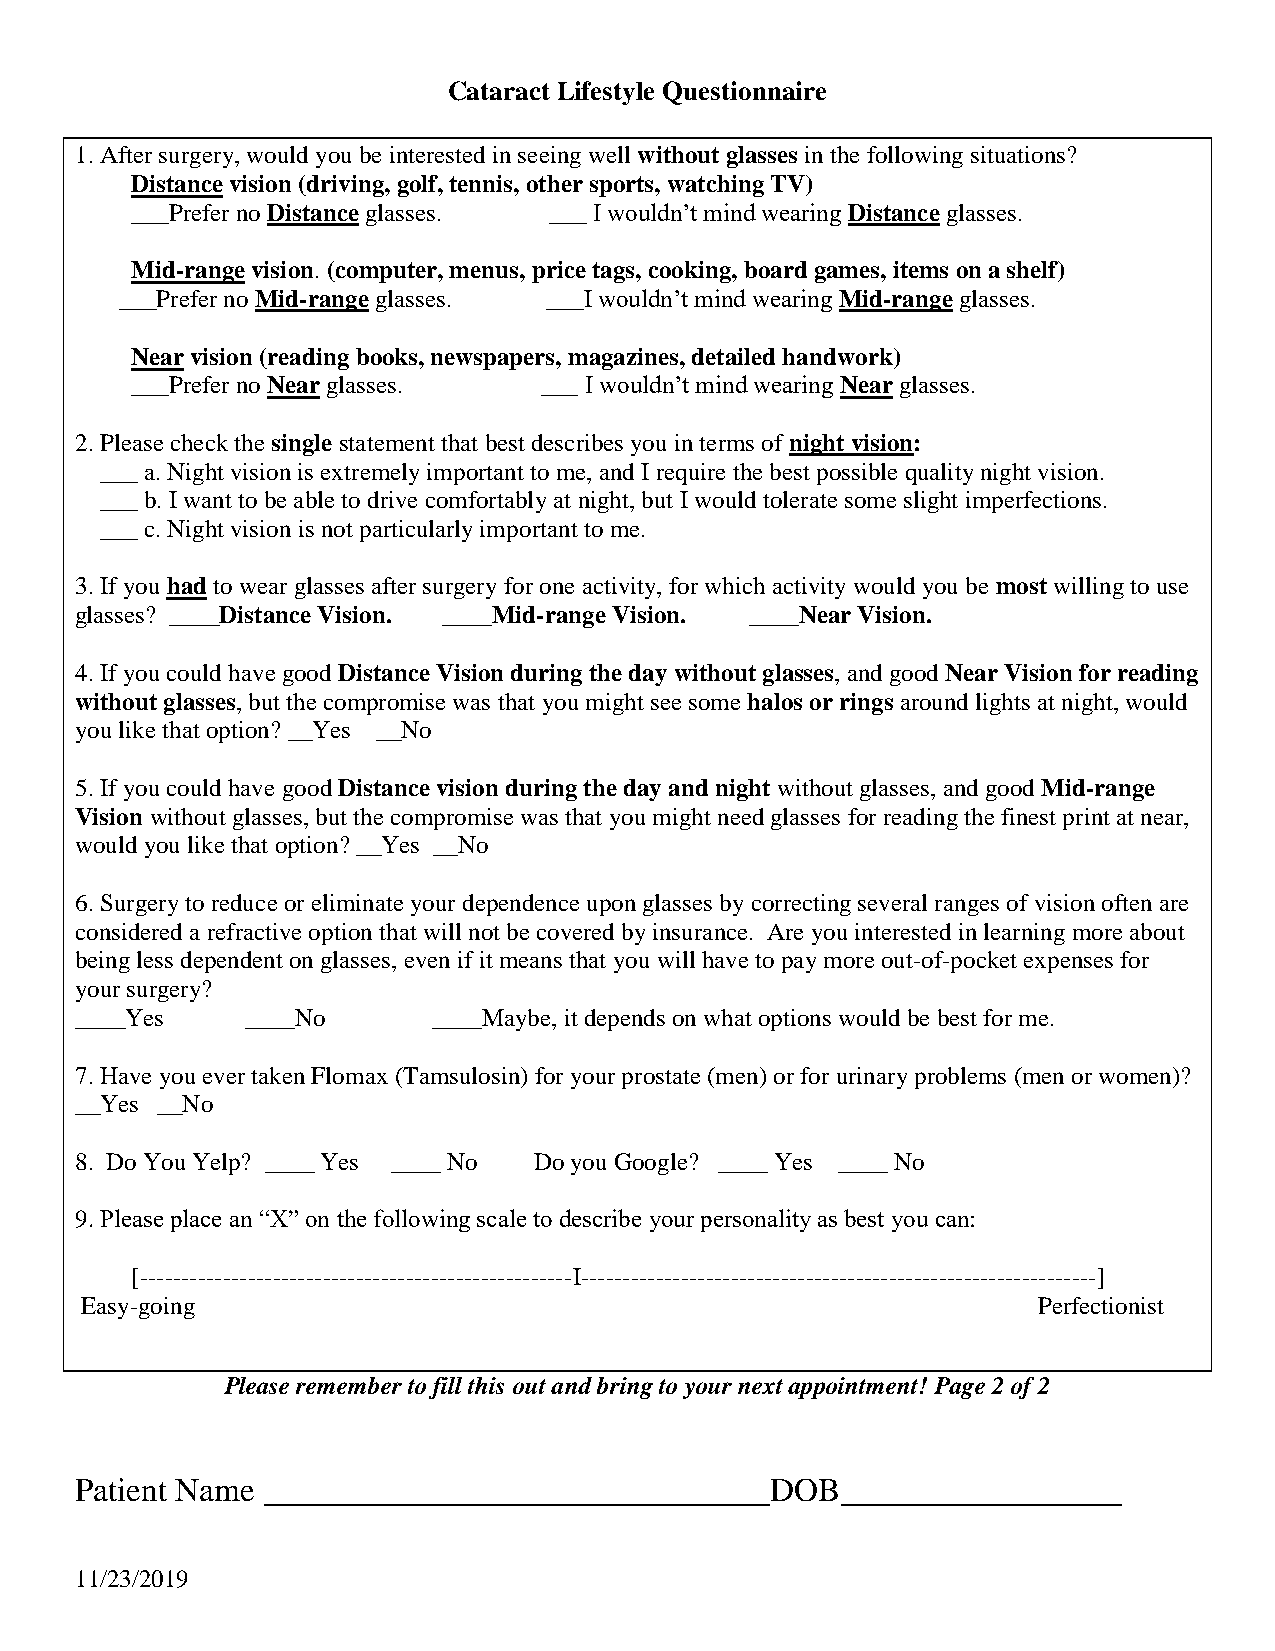
Cataract Lifestyle Questionnaire
 1. After surgery, would you be interested in seeing well without glasses in the following situations?
 Distance vision (driving, golf, tennis, other sports, watching TV)
 ___Prefer no Distance glasses. ___ I wouldn’t mind wearing Distance glasses.
 Mid-range vision. (computer, menus, price tags, cooking, board games, items on a shelf)
 ___Prefer no Mid-range glasses. ___I wouldn’t mind wearing Mid-range glasses.
 Near vision (reading books, newspapers, magazines, detailed handwork)
 ___Prefer no Near glasses. ___ I wouldn’t mind wearing Near glasses.
 2. Please check the single statement that best describes you in terms of night vision:
 ___ a. Night vision is extremely important to me, and I require the best possible quality night vision.
 ___ b. I want to be able to drive comfortably at night, but I would tolerate some slight imperfections.
 ___ c. Night vision is not particularly important to me.
 3. If you had to wear glasses after surgery for one activity, for which activity would you be most willing to use
 glasses? ____Distance Vision. ____Mid-range Vision. ____Near Vision.
 4. If you could have good Distance Vision during the day without glasses, and good Near Vision for reading
 without glasses, but the compromise was that you might see some halos or rings around lights at night, would
 you like that option? __Yes __No
 5. If you could have good Distance vision during the day and night without glasses, and good Mid-range
 Vision without glasses, but the compromise was that you might need glasses for reading the finest print at near,
 would you like that option? __Yes __No
 6. Surgery to reduce or eliminate your dependence upon glasses by correcting several ranges of vision often are
 considered a refractive option that will not be covered by insurance. Are you interested in learning more about
 being less dependent on glasses, even if it means that you will have to pay more out-of-pocket expenses for
 your surgery?
 ____Yes    ____No       ____Maybe, it depends on what options would be best for me.
 7. Have you ever taken Flomax (Tamsulosin) for your prostate (men) or for urinary problems (men or women)?
 __Yes __No
 8. Do You Yelp? ____ Yes ____ No Do you Google? ____ Yes ____ No
 9. Please place an “X” on the following scale to describe your personality as best you can:
 [----------------------------------------------------I--------------------------------------------------------------]
 Easy-going                                                      Perfectionist
 Please remember to fill this out and bring to your next appointment! Page 2 of 2
 Patient Name ___________________________DOB_______________
 11/23/2019